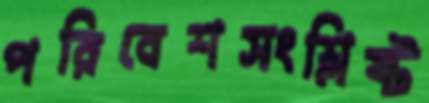
পরিবেশসংশ্লিষ্ট